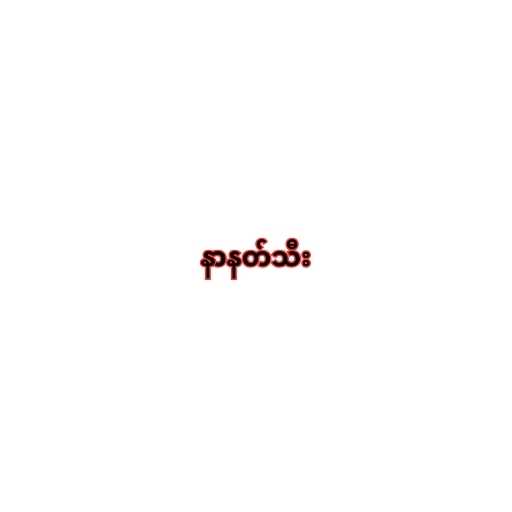
နာနတ်သီး